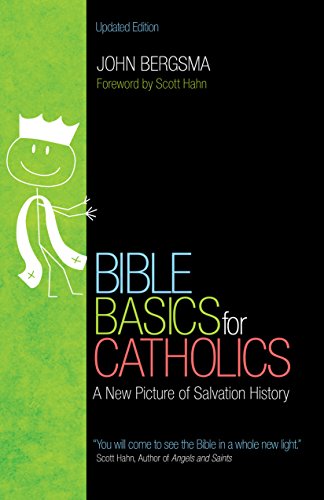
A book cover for Bible Basics for Catholics: A New Picture of Salvation History; John Bergsma; Christian Books & Bibles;